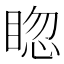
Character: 𥇰